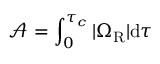
\mathcal { A } = \int _ { 0 } ^ { \tau _ { c } } | \Omega _ { \mathrm { R } } | \mathrm { d } \tau